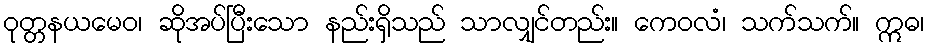
ဝုတ္တနယမေဝ၊ ဆိုအပ်ပြီးသော နည်းရှိသည် သာလျှင်တည်း။ ကေဝလံ၊ သက်သက်။ ဣဓ၊